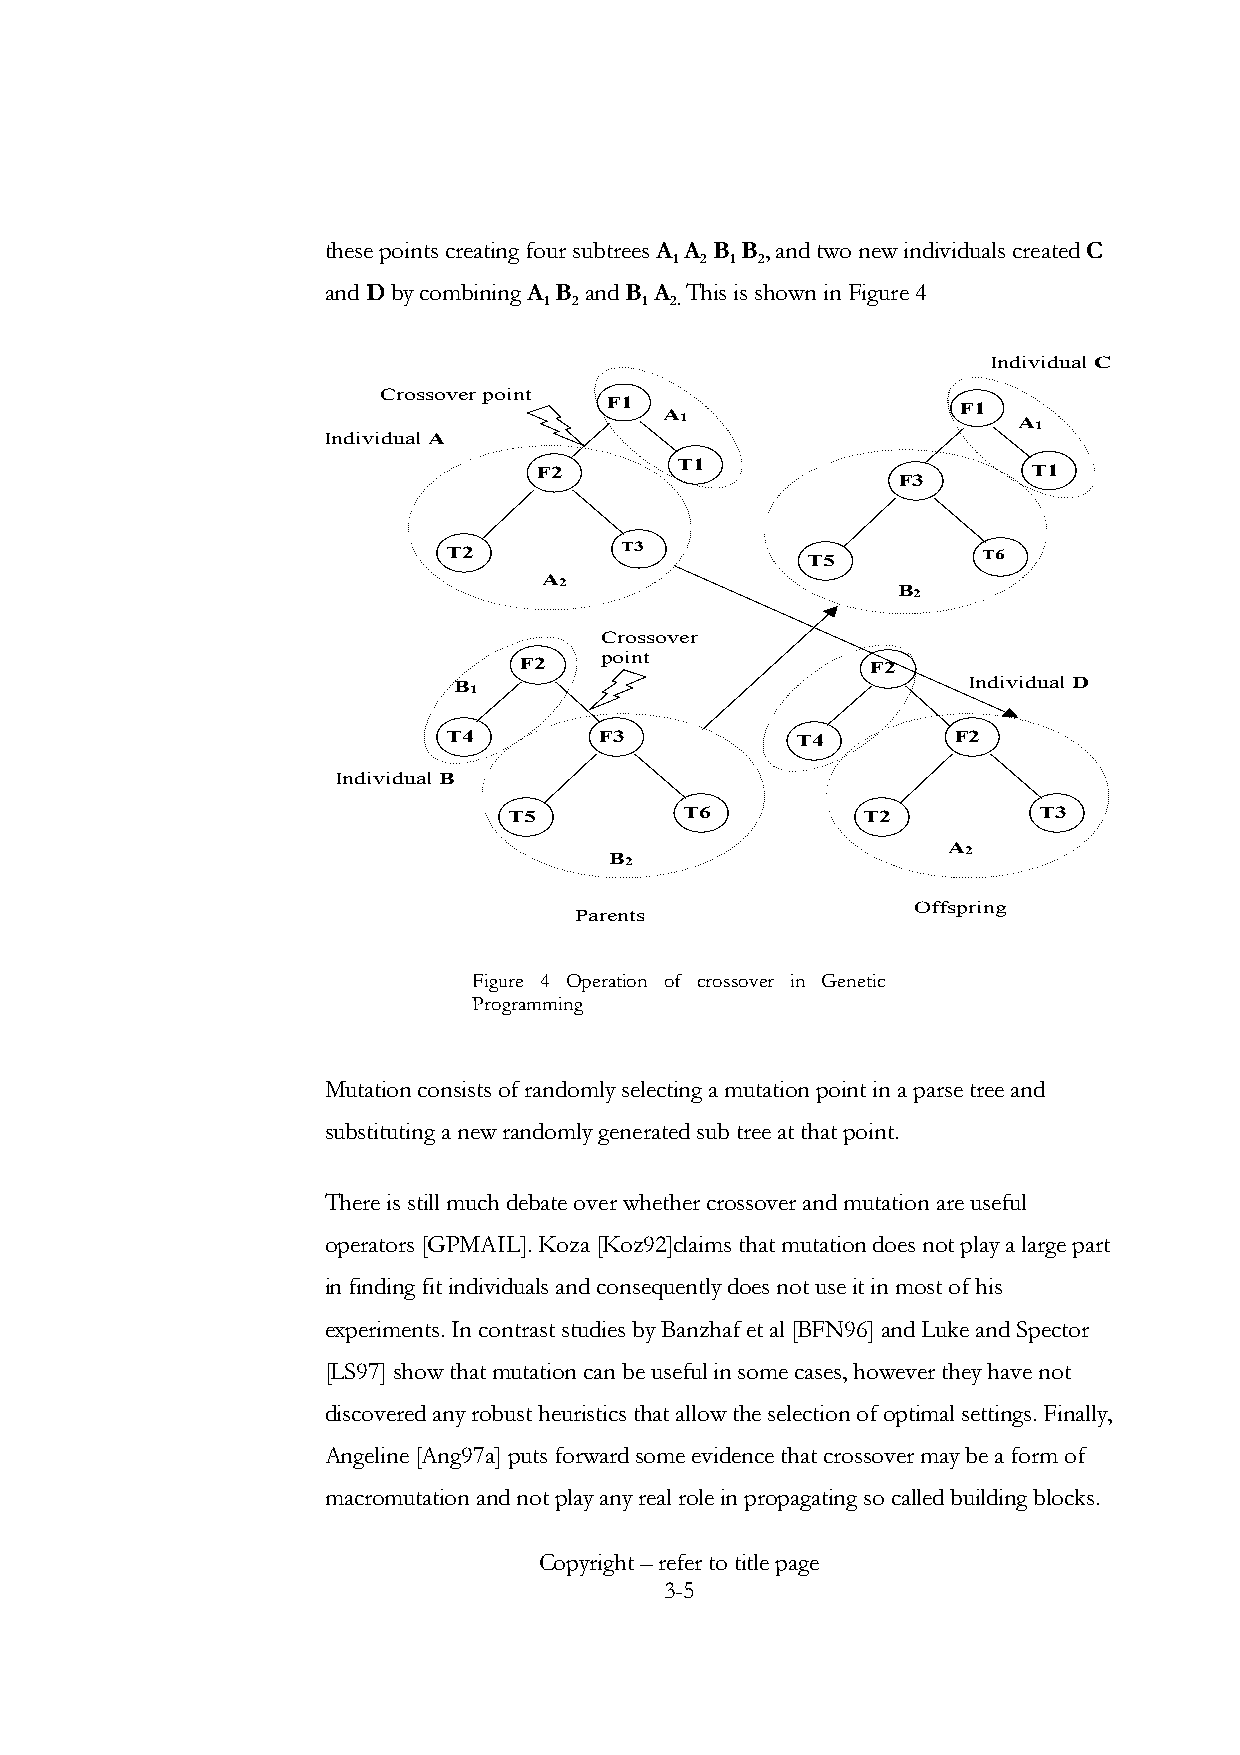
these points creating four subtrees A A B B , and two new individuals created C
 1 2 1 2
 and D by combining A B and B A This is shown in Figure 4
 1 2   1 2.
 Individual C
 Crossover point
 F1  A1                 F1
 A1
 Individual A
 F2        T1                     T1
 F3
 T2          T3          T5          T6
 A2
 B2
 Crossover
 F2    point             F2
 B1  Figu                    Figu  Individual D
 re 6                    re 3
 T4         F3           T4        F2
 Figu                    Figu
 Individual B re 6                   re 3
 TF5igu     T6          T F2
 igu
 T3
 re 6
 B2
 re 3 A2
 Offspring
 Parents
 Figure 4 Operation of crossover in Genetic
 Programming
 Mutation consists of randomly selecting a mutation point in a parse tree and
 substituting a new randomly generated sub tree at that point.
 There is still much debate over whether crossover and mutation are useful
 operators [GPMAIL]. Koza [Koz92]claims that mutation does not play a large part
 in finding fit individuals and consequently does not use it in most of his
 experiments. In contrast studies by Banzhaf et al [BFN96] and Luke and Spector
 [LS97] show that mutation can be useful in some cases, however they have not
 discovered any robust heuristics that allow the selection of optimal settings. Finally,
 Angeline [Ang97a] puts forward some evidence that crossover may be a form of
 macromutation and not play any real role in propagating so called building blocks.
 Copyright – refer to title page
 3-5